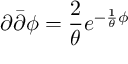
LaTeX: \partial { \bar { \partial } } \phi = \frac { 2 } { \theta } e ^ { - \frac { 1 } { \theta } \phi }